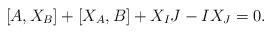
LaTeX: \begin{align*}[A,X_{B}]+[X_{A},B]+X_{I}J-IX_{J}=0.\end{align*}